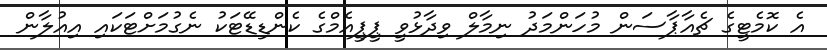
އެ ކޮމެޓީގެ ޗެއާޕާސަން މުހަންމަދު ނިމާލް ވިދާޅުވީ ޕީޕީއެމްގެ ކެންޑިޑޭޓަކު ނެގުމަށްޓަކައި އިއުލާން